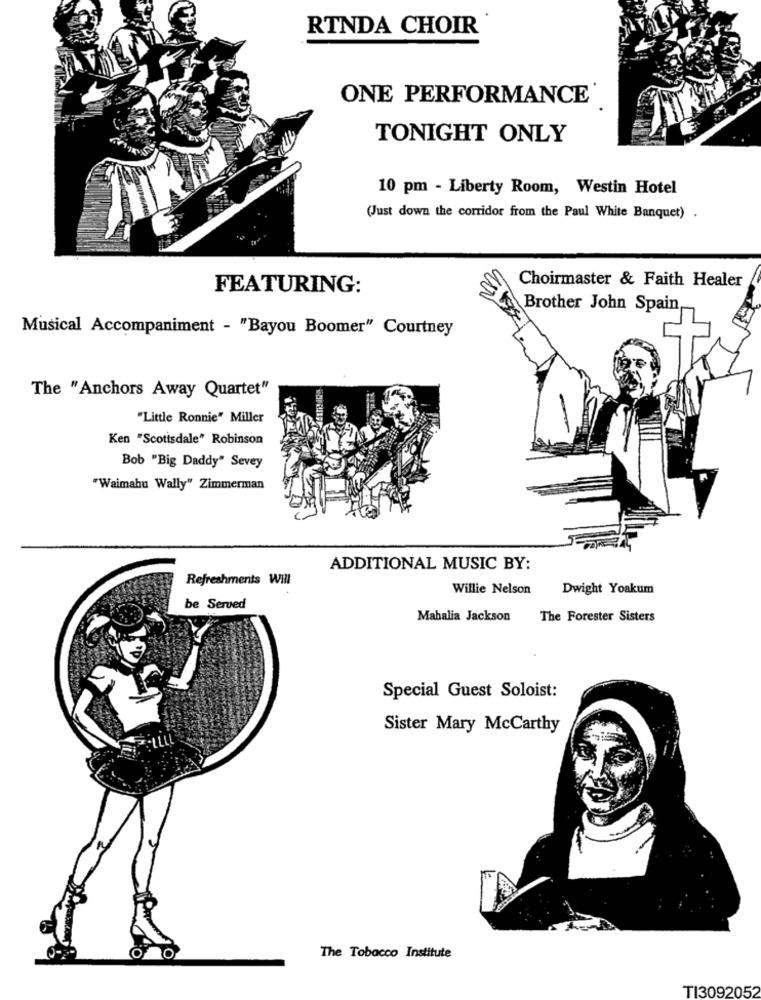
RTNDA CHOIR
ONE PERFORMANCE'
TONIGHT ONLY
10 pm - Liberty Room, Westin Hotel
(Just down the corridor from the Paul White Banquet) .
Choirmaster & Faith Healer
FEATURING:
Brother John Spain
Musical Accompaniment - "Bayou Boomer" Courtney
The "Anchors Away Quartet"
"Little Ronnie" Miller
Ken "Scottsdale" Robinson
Bob "Big Daddy" Sevey
"Waimahu Wally" Zimmerman
ADDITIONAL MUSIC BY:
Refreshments Will
Willie Nelson
Dwight Yoakum
be Served
Mahalia Jackson
The Forester Sisters
Special Guest Soloist:
Sister Mary McCarthy
The Tobacco Institute
TI3092052